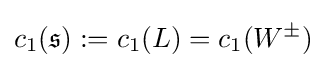
c_{1}({\mathfrak {s}}):=c_{1}(L)=c_{1}(W^{\pm })